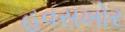
હવસખોર